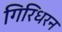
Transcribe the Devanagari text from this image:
गिरिधरन